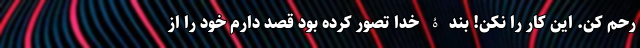
رحم کن. این کار را نکن! بندۀ خدا تصور کرده بود قصد دارم خود را از